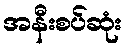
အနီးစပ်ဆုံး